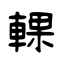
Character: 輠